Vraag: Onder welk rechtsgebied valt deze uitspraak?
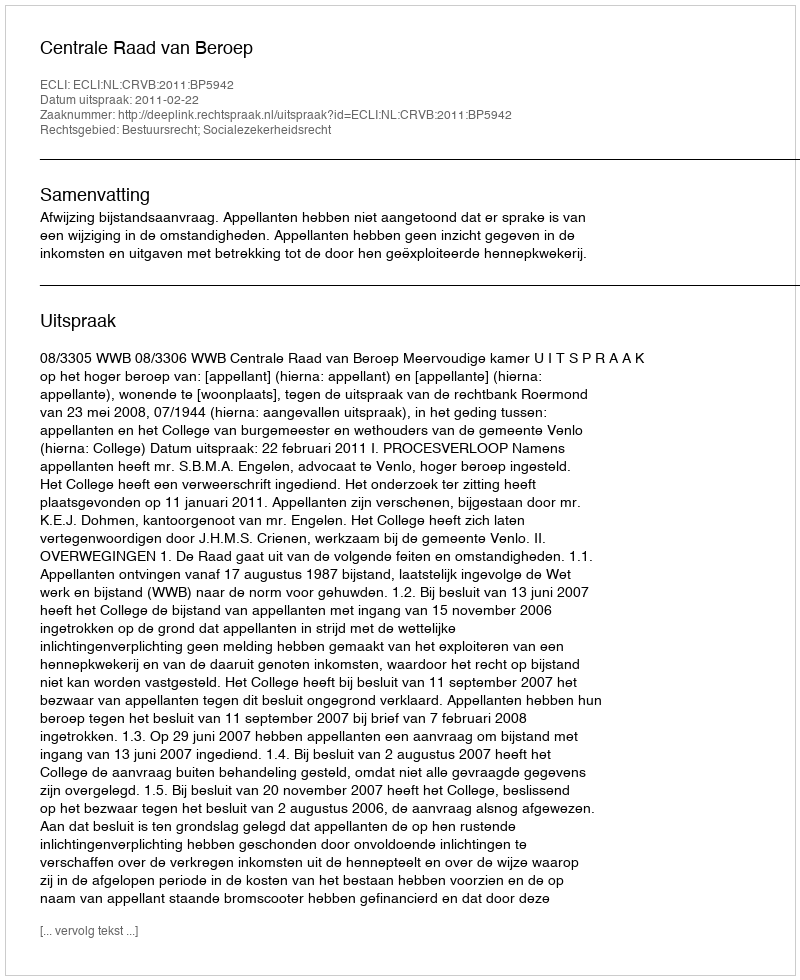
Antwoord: Bestuursrecht; Socialezekerheidsrecht